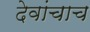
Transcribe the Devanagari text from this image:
देवांचाच